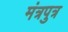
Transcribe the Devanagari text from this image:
मंत्रपुत्र